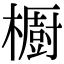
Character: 櫉